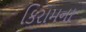
કિરામના